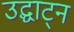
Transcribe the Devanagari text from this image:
उद्घाट्न